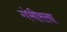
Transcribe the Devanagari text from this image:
गंभीरला